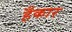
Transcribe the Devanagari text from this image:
हँकार